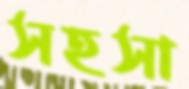
সহসা